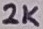
Text: 2K